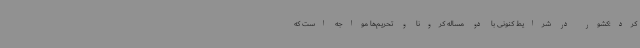
کرد:کشور در شرایط کنونی با دو مساله کرونا و تحریم‌ها مواجه است که